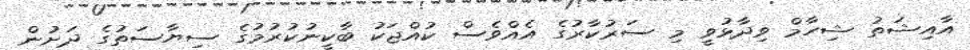
އާއިޝަތު ޝިހާމް ވިދާޅުވީ މި ސަރުކާރުގެ އެއްވެސް ކުއްޖަކު ބާކީނުކުރުމުގެ ސިޔާސަތުގެ ދަށުން